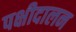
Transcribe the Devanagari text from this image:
पक्षीदालन